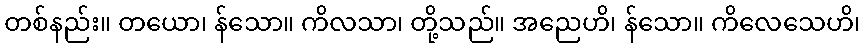
တစ်နည်း။ တယော၊ န်သော။ ကိလသာ၊ တို့သည်။ အညေဟိ၊ န်သော။ ကိလေသေဟိ၊